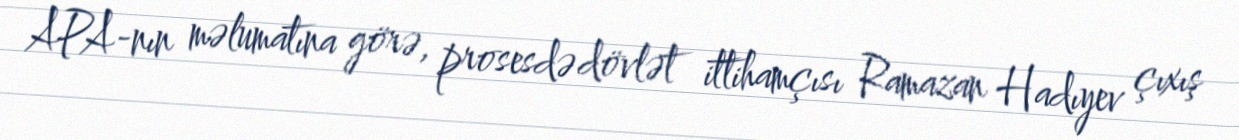
APA-nın məlumatına görə, prosesdə dövlət ittihamçısı Ramazan Hadıyev çıxış